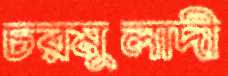
চরমুলাদী